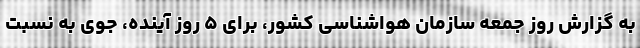
به گزارش روز جمعه سازمان هواشناسی کشور، برای ۵ روز آینده، جوی به نسبت